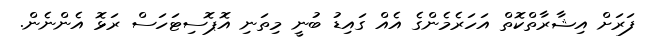
ފަރަށް އިޝާރާތްކޮތް އަހަރެމެންގެ އެއް ގައިޑު ބުނީ މިތަނި އޮޕޮސިޓަހަސް ރަޅޮ އެންނެން.